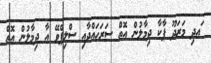
ައދި މަރަދޫ ޕާކާ ދިމާލުން އޮތް ސަރަހައްދާއި ސްލިޕްވޭ އާ ދިމާލުން އޮތް